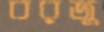
বরজু